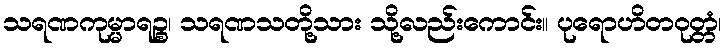
သရဏကုမ္မာရဉ္စ၊ သရဏသတို့သား သို့လည်းကောင်း။ ပုရောဟိတဝုတ္တံ၊